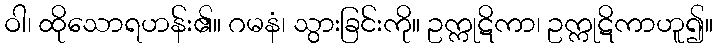
ဝါ၊ ထိုသောရဟန်း၏။ ဂမနံ၊ သွားခြင်းကို။ ဥက္ကုဋိကာ၊ ဥက္ကုဋိကာဟူ၍။